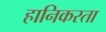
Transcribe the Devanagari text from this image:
हानिकरता